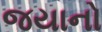
જયાનો